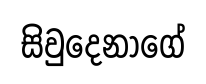
සිවුදෙනාගේ